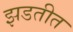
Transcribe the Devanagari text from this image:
झडतीत